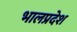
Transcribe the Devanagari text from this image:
भालप्रदेश